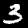
Digit: 3